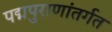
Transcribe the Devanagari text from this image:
पद्मपुराणांतर्गत